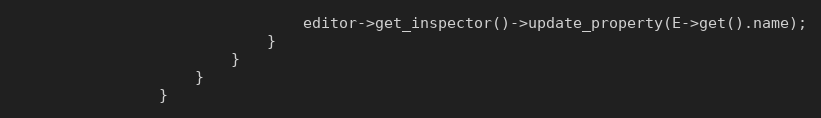
Language: C++
								editor->get_inspector()->update_property(E->get().name);
							}
						}
					}
				}